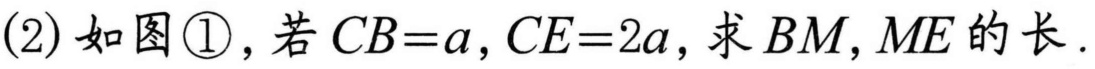
(2)如图\textcircled{1}，若\(CB = a,CE = 2a\)，求\(BM,ME\)的长.